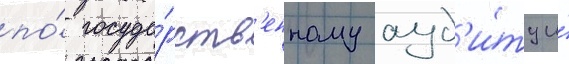
по́ госуда́рств'енному ауд'и́ту и́